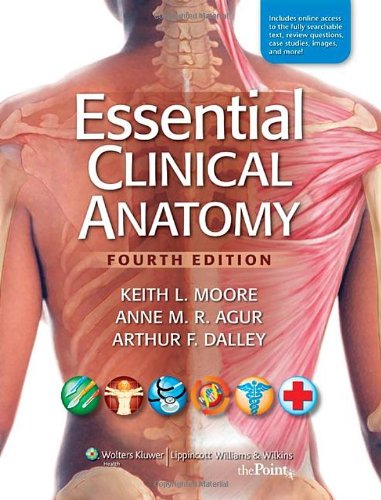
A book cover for Essential Clinical Anatomy, 4th Edition; Keith L. Moore; Medical Books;